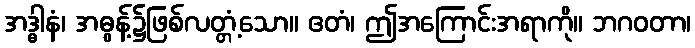
အဒ္ဓါနံ၊ အဓွန့်၌ဖြစ်လတ္တံ့သော။ ဧတံ၊ ဤအကြောင်းအရာကို။ ဘဂဝတာ၊